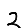
Digit: 2